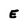
Character: E